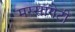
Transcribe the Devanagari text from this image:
मस्सागेटी